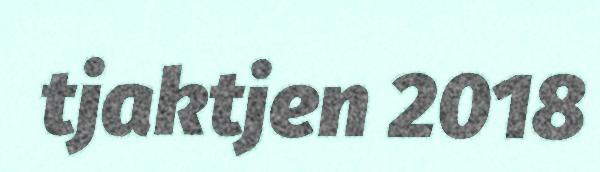
tjaktjen 2018